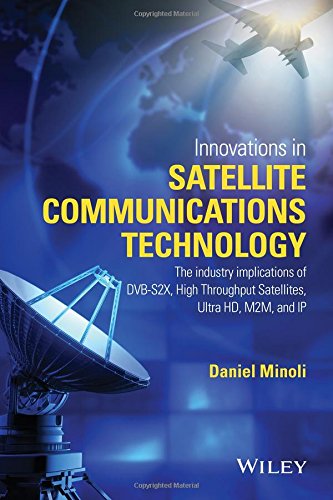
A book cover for Innovations in Satellite Communication and Satellite Technology; Daniel Minoli; Science & Math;